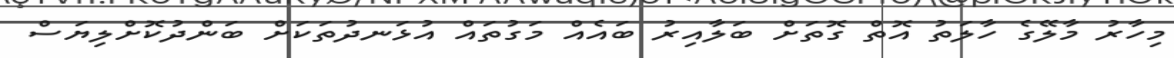
މިހާރު މާލޭގެ ހާލަތު އޮތް ގޮތަށް ބަލާއިރު ބައެއް މަގުތައް އުޅަނދުތަކަށް ބަންދުކޮށްލިޔަސް